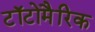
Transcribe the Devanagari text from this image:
टॉटोमैरिक